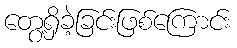
တွေ့ရှိခဲ့ခြင်းဖြစ်ကြောင်း